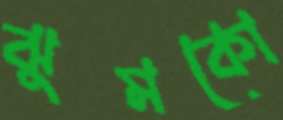
ঝুমকো